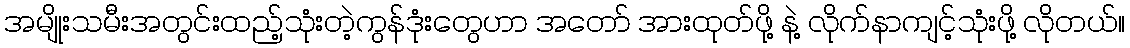
အမျိုးသမီးအတွင်းထည့်သုံးတဲ့ကွန်ဒုံးတွေဟာ အတော် အားထုတ်ဖို့ နဲ့ လိုက်နာကျင့်သုံးဖို့ လိုတယ်။